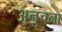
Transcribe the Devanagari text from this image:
अनुचना